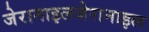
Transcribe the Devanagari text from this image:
जेरानाइलजेरानाइल